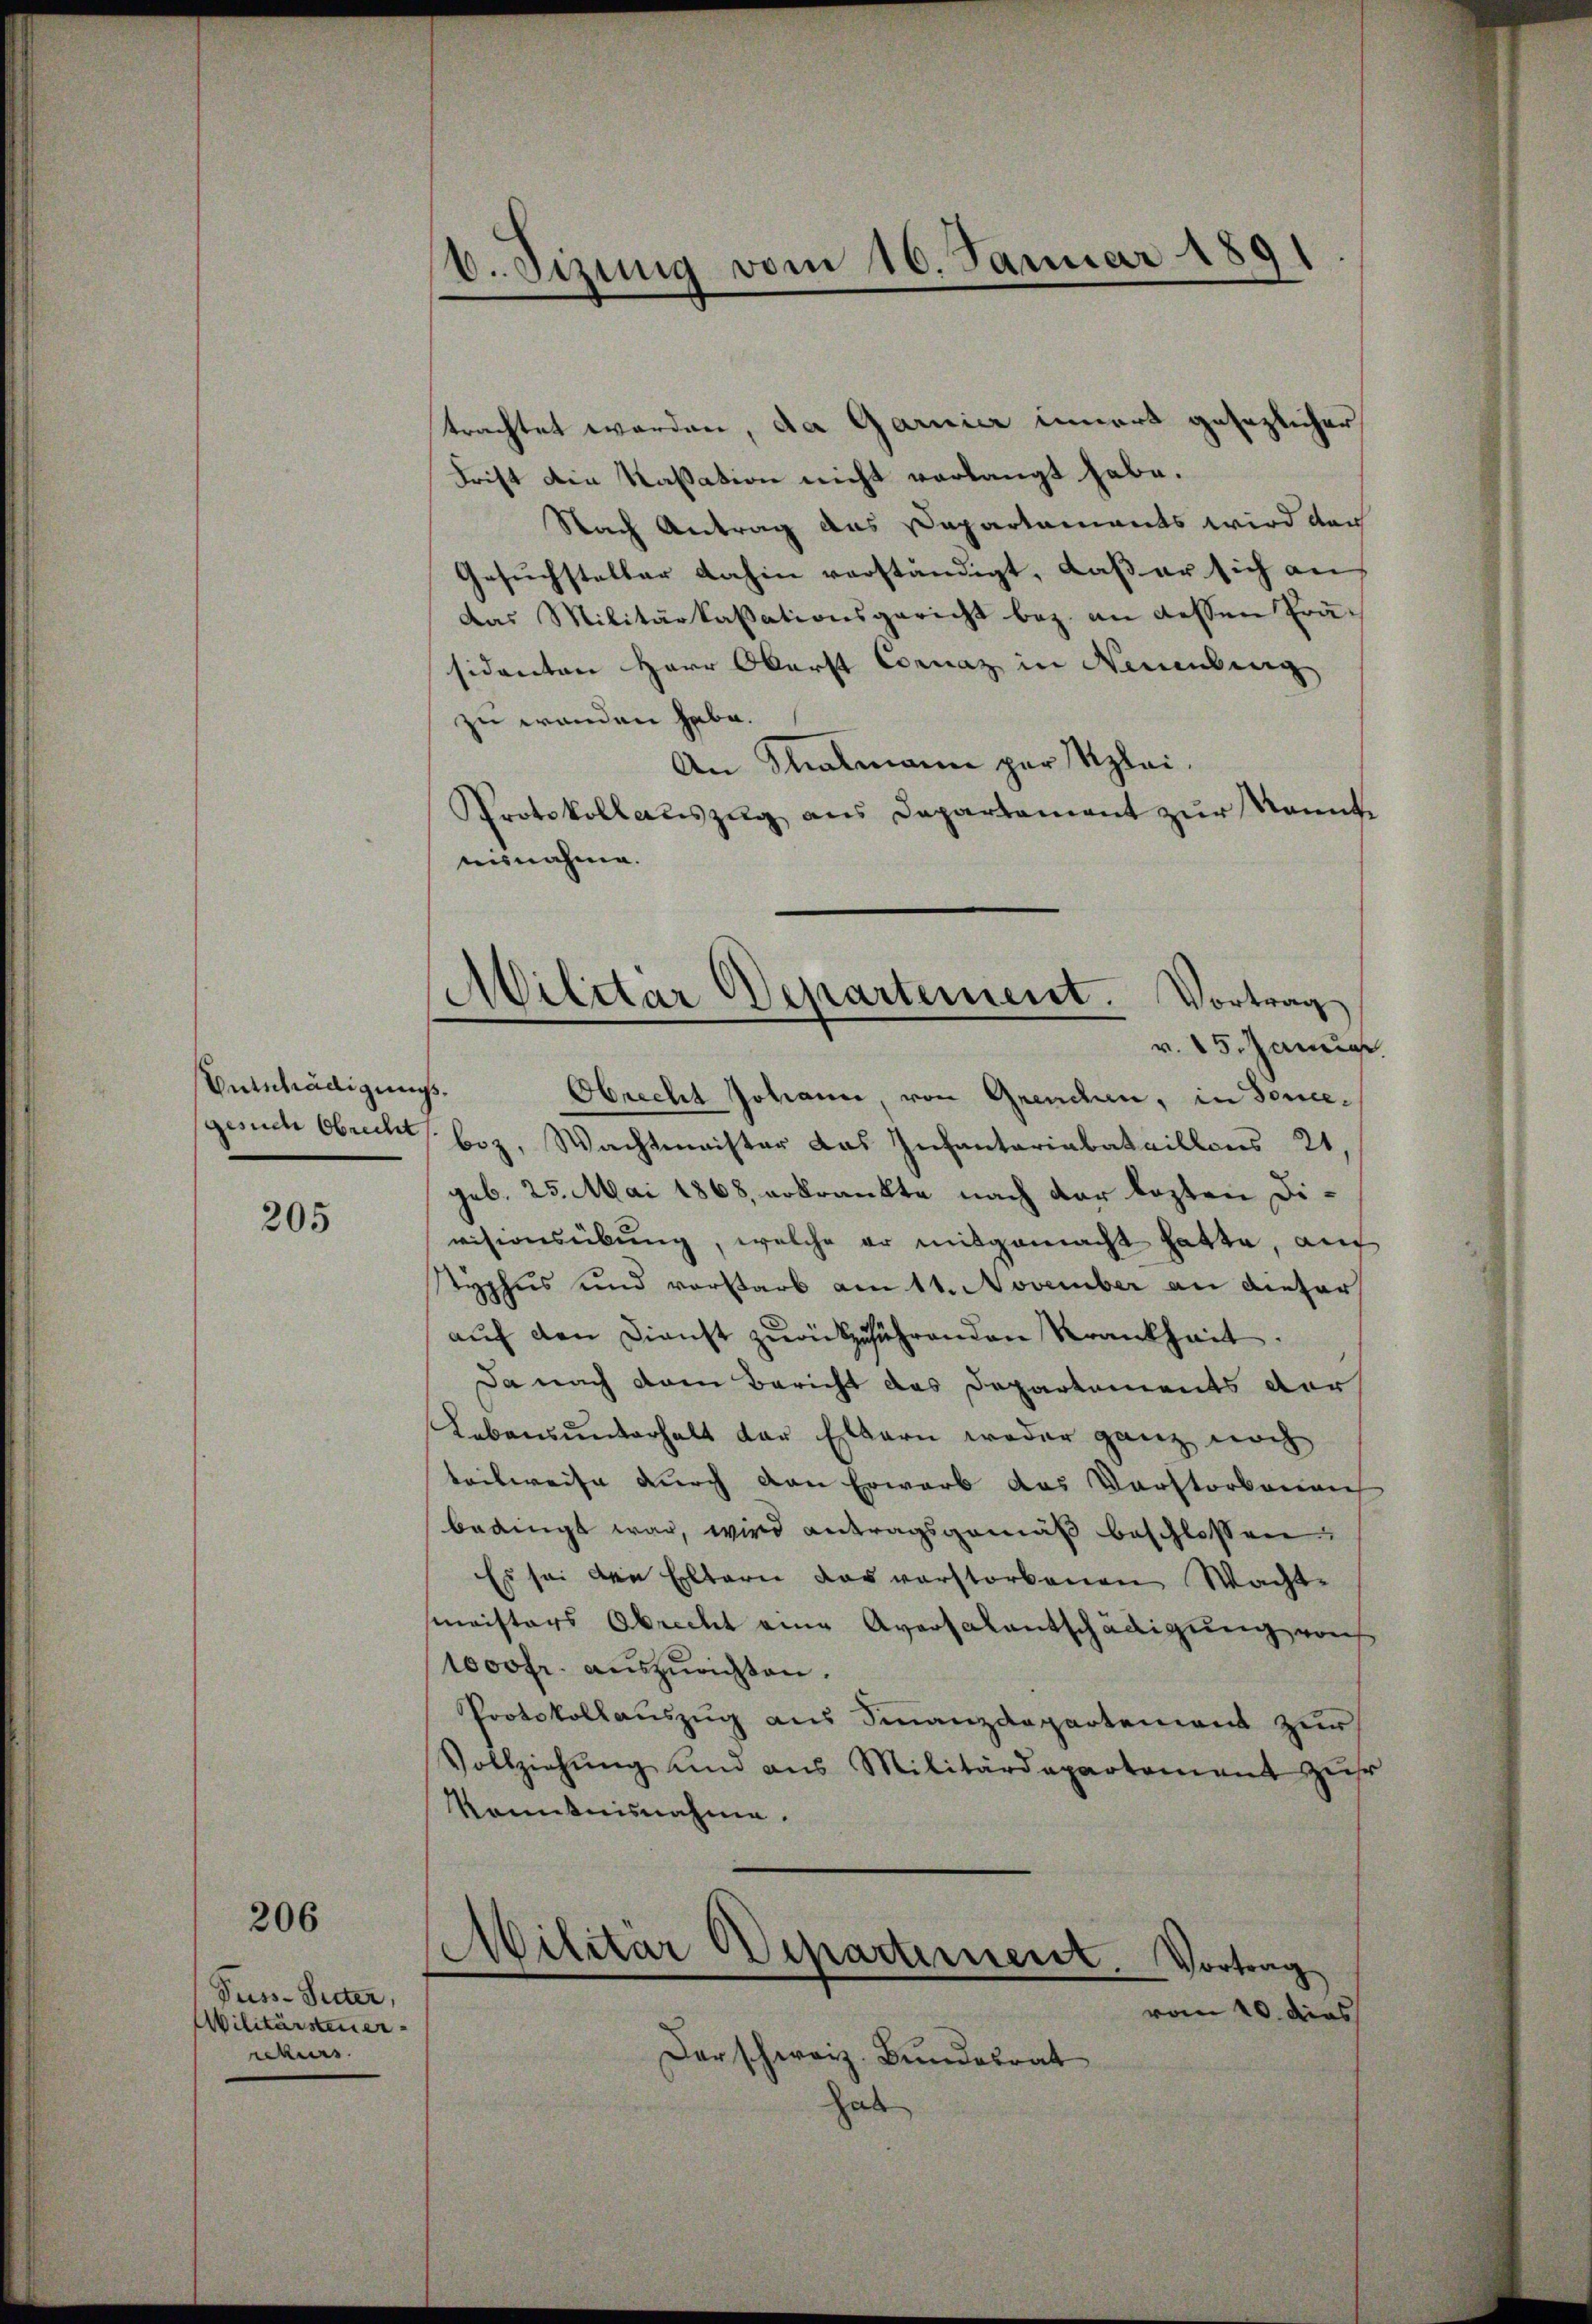
Entschädigungs¬

205

Puss-Suter,
Militärsteuer
rekurs.

206

trachtet werden, da Garnier innert gesezlicher
Frist die Kassation nicht verlangt habe.
Nach Antrag das Departaments wird der
Gesuchsteller dahin verständigt, daß er sich an
Das Militärkassationsgericht bez. an dessen Präsidenten Herr Oberst Cornaz in Neuenburg
zu wanden habe.
An Malmann per Klei¬
Protokollauszug aus Departement zŭr Nonnte
nisnahme.
Obrecht Johann, von Grenden, in Sonegesuch Obrecht bez. Wachtmeister das Infantariabataillons 21,
geb. 25. Mai 1868, erkrankte nach der lezten Divisionsübung, welche er mitgemacht hatte, auc
typhus und vorstarb am 11. November an dieser
aŭf den Dienst zurückführenden Krankheit.
Da nach dem Bericht des Departements der
Lebensunterhalt der Eltern weder ganz noch
d
teilweise durch den Erwarb das Verstorbenen
bedingt war, wird antragsgemäß beschlossen
Es sei die Eltern das verstorbenen Wachtmeisters Obrecht eine Aversalentschädigung von
1000fr. auszurichten.
Protokollauszug aus Finanzdepartement zur
Vollziehŭng und aus Militärdepartement zŭr
Kenntnisnahme.
Militär Departement. Vortrag
vom 10. dies
Der schweiz. Bundesrat

6. Sizung vom 16. Januar 1891

Militär Departement. Vortrag
v. 15. Januar